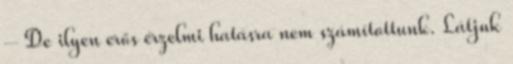
– De ilyen erős érzelmi hatásra nem számítottunk. Látjuk